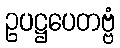
ဥပဋ္ဌပေတဗ္ဗံ